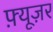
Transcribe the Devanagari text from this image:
फ़्यूज़र